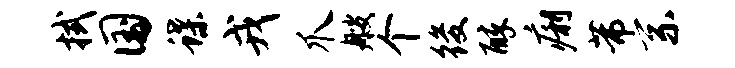
拭国蝶戎爪艘个後醉痢芾系